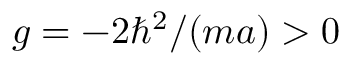
g = - 2 \hbar ^ { 2 } / ( m a ) > 0